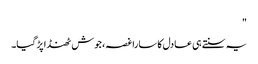
"
یہ سنتے ہی عادل کا سارا غصہ، جوش ٹھنڈا پڑ گیا۔